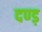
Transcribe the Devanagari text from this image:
दण्ड़